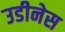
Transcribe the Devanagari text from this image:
उडीनेस